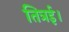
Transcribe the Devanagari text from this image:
तित्रई।